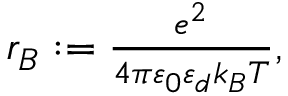
\begin{array} { r } { r _ { B } : = { \frac { e ^ { 2 } } { 4 \pi \varepsilon _ { 0 } \varepsilon _ { d } k _ { B } T } } , } \end{array}